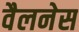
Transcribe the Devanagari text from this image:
वैलनेस